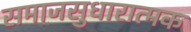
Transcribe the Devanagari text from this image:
समाजसुधारात्मक